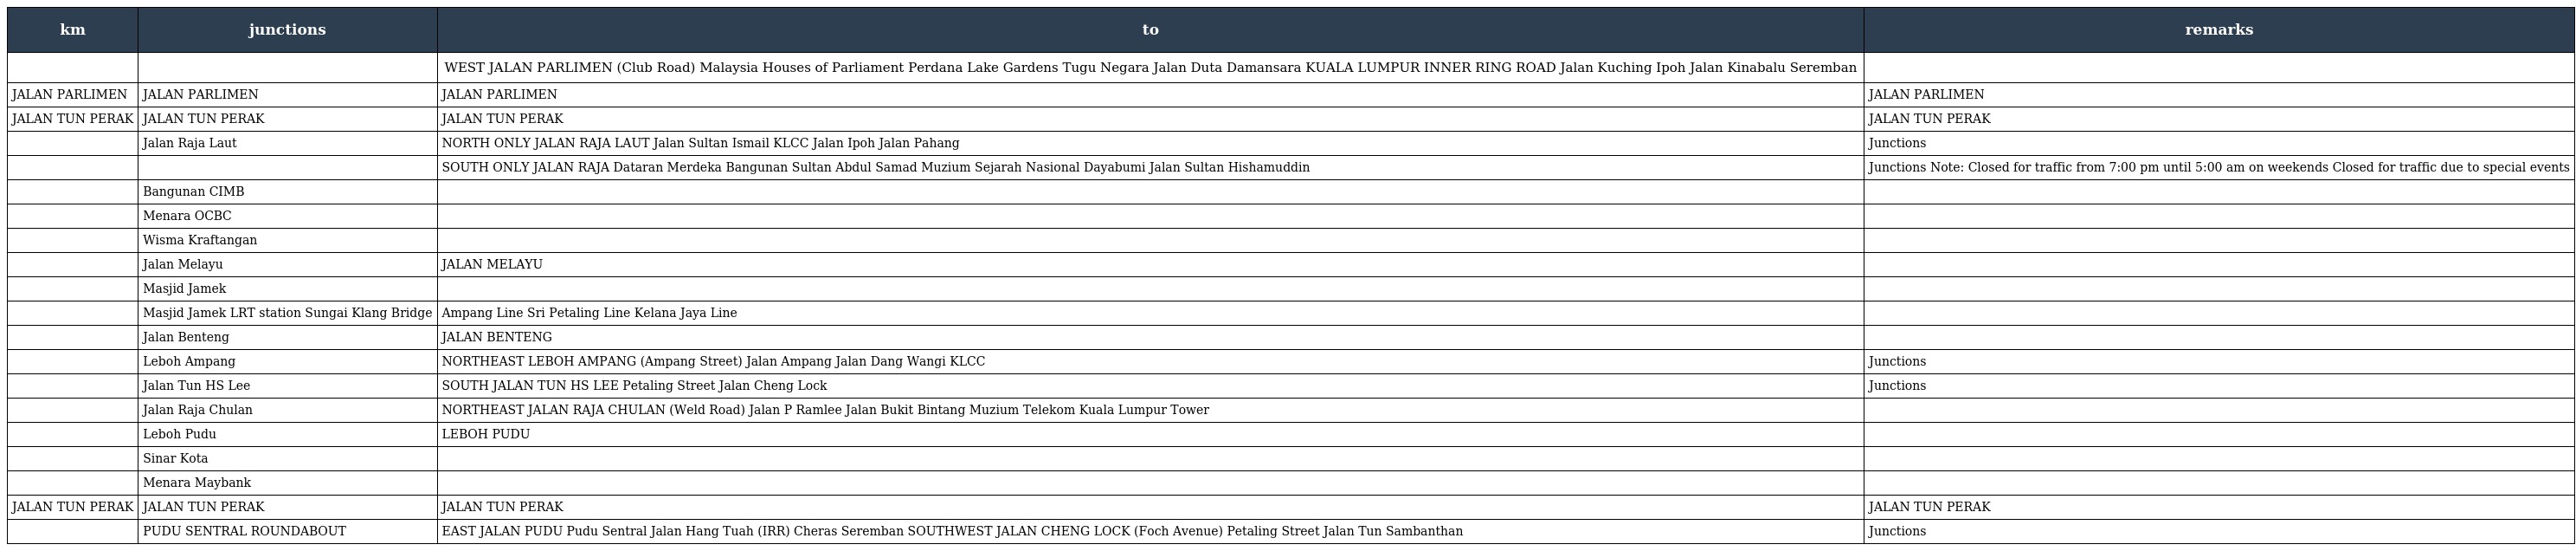
| km | junctions | to | remarks |
 | --- | --- | --- | --- |
 |  |  | WEST JALAN PARLIMEN (Club Road) Malaysia Houses of Parliament Perdana Lake Gardens Tugu Negara Jalan Duta Damansara KUALA LUMPUR INNER RING ROAD Jalan Kuching Ipoh Jalan Kinabalu Seremban |  |
 | JALAN PARLIMEN | JALAN PARLIMEN | JALAN PARLIMEN | JALAN PARLIMEN |
 | JALAN TUN PERAK | JALAN TUN PERAK | JALAN TUN PERAK | JALAN TUN PERAK |
 |  | Jalan Raja Laut | NORTH ONLY JALAN RAJA LAUT Jalan Sultan Ismail KLCC Jalan Ipoh Jalan Pahang | Junctions |
 |  |  | SOUTH ONLY JALAN RAJA Dataran Merdeka Bangunan Sultan Abdul Samad Muzium Sejarah Nasional Dayabumi Jalan Sultan Hishamuddin | Junctions Note: Closed for traffic from 7:00 pm until 5:00 am on weekends Closed for traffic due to special events |
 |  | Bangunan CIMB |  |  |
 |  | Menara OCBC |  |  |
 |  | Wisma Kraftangan |  |  |
 |  | Jalan Melayu | JALAN MELAYU |  |
 |  | Masjid Jamek |  |  |
 |  | Masjid Jamek LRT station Sungai Klang Bridge | Ampang Line Sri Petaling Line Kelana Jaya Line |  |
 |  | Jalan Benteng | JALAN BENTENG |  |
 |  | Leboh Ampang | NORTHEAST LEBOH AMPANG (Ampang Street) Jalan Ampang Jalan Dang Wangi KLCC | Junctions |
 |  | Jalan Tun HS Lee | SOUTH JALAN TUN HS LEE Petaling Street Jalan Cheng Lock | Junctions |
 |  | Jalan Raja Chulan | NORTHEAST JALAN RAJA CHULAN (Weld Road) Jalan P Ramlee Jalan Bukit Bintang Muzium Telekom Kuala Lumpur Tower |  |
 |  | Leboh Pudu | LEBOH PUDU |  |
 |  | Sinar Kota |  |  |
 |  | Menara Maybank |  |  |
 | JALAN TUN PERAK | JALAN TUN PERAK | JALAN TUN PERAK | JALAN TUN PERAK |
 |  | PUDU SENTRAL ROUNDABOUT | EAST JALAN PUDU Pudu Sentral Jalan Hang Tuah (IRR) Cheras Seremban SOUTHWEST JALAN CHENG LOCK (Foch Avenue) Petaling Street Jalan Tun Sambanthan | Junctions |